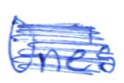
Text: One's
Cross-out: mix
Writing tool: ballpoint